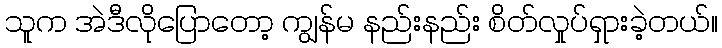
သူက အဲဒီလိုပြောတော့ ကျွန်မ နည်းနည်း စိတ်လှုပ်ရှားခဲ့တယ်။